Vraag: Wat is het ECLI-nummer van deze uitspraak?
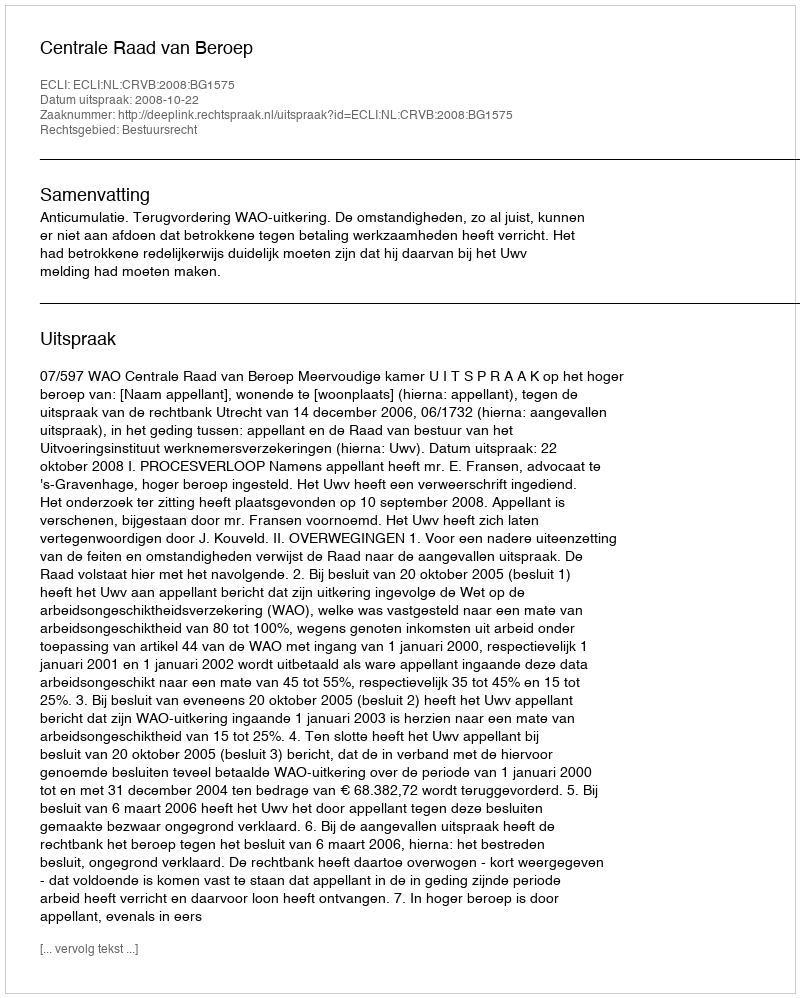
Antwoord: ECLI:NL:CRVB:2008:BG1575